Report of the Indian Hemp Drugs Commission, 1894-1895 - Volume IV
Year: 1894
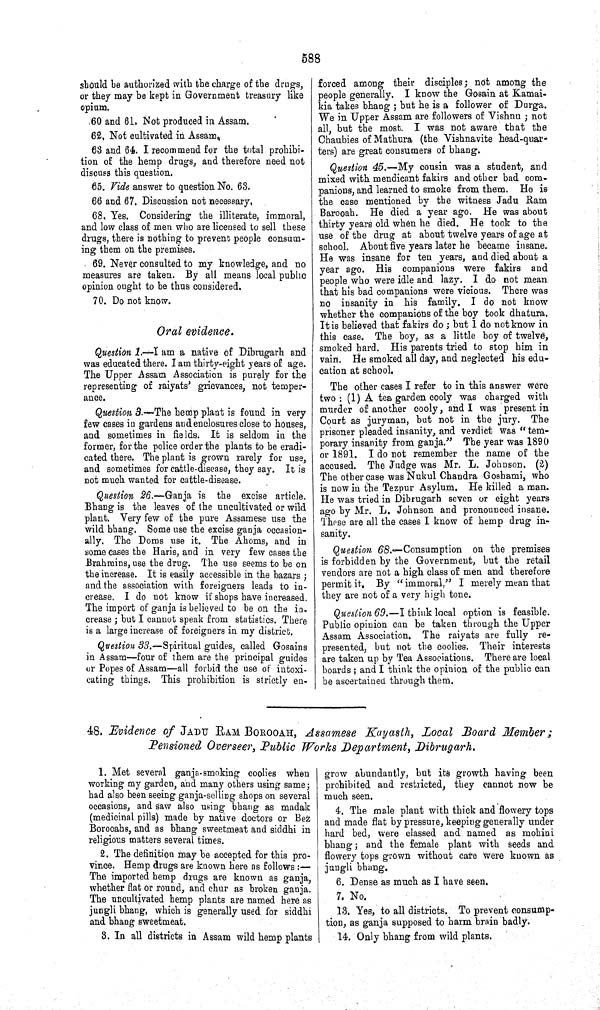
588
should be authorized with the charge of the drugs,
or they may be kept in Government treasury like
opium.
60 and 61. Not produced in Assam.
62. Not cultivated in Assam
63 and 64. I recommend for the total prohibi-
tion of the hemp drugs, and therefore need not
discuss this question.
65. Vide answer to question No. 63.
66 and 67. Discussion not necessary.
68. Yes. Considering the illiterate, immoral,
and low class of men who are licensed to sell these
drugs, there is nothing to prevent people consum-
ing them on the premises.
69. Never consulted to my knowledge, and no
measures are taken. By all means local public
opinion ought to be thus considered.
70. Do not know.
Oral evidence.
Question 1.—I am a native of Dibrugarh and
was educated there. I am thirty-eight years of age.
The Upper Assam Association is purely for the
representing of raiyats' grievances, not temper-
ance.
Question 3.—The hemp plant is found in very
few cases in gardens and enclosures close to houses,
and sometimes in fields. It is seldom in the
former, for the police order the plants to be eradi-
cated there. The plant is grown rarely for use,
and sometimes for cattle-disease, they say. It is
not much wanted for cattle-disease.
Question 26.—Ganja is the excise article.
Bhang is the leaves of the uncultivated or wild
plant. Very few of the pure Assamese use the
wild bhang. Some use the excise ganja occasion-
ally. The Doms use it. The Ahoms, and in
some cases the Haris, and in very few cases the
Brahmins, use the drug. The use seems to be on
the increase. It is easily accessible in the bazars;
and the association with foreigners leads to in-
crease, I do not know if shops have increased.
The import of ganja is believed to be on the in-
crease; but I cannot speak from statistics. There
is a large increase of foreigners in my district.
Question 33.—Spiritual guides, called Gosains
in Assam—four of them are the principal guides
or Popes of Assam—all forbid the use of intoxi-
cating things. This prohibition is strictly en-
forced among their disciples; not among the
people generally. I know the Gosain at Kamai-
kia takes bhang; but he is a follower of Durga.
We in Upper Assam are followers of Vishnu; not
all, but the most. I was not aware that the
Chaubies of Mathura (the Vishnavite head-quar-
ters) are great consumers of bhang.
Question 45.—My cousin was a student, and
mixed with mendicant fakirs and other bad com-
panions, and learned to smoke from them. He is
the case mentioned by the witness Jadu Ram
Barooah. He died a year ago. He was about
thirty years old when he died. He took to the
use of the drug at about twelve years of age at
school. About five years later he became insane.
He was insane for ten years, and died about a
year ago. His companions were fakirs and
people who were idle and lazy. I do not mean
that his bad companions were vicious. There was
no insanity in his family. I do not know
whether the companions of the boy took dhatura.
It is believed that fakirs do; but I do not know in
this case. The boy, as a little boy of twelve,
smoked hard. His parents tried to stop him in
vain. He smoked all day, and neglected his edu-
cation at school.
The other cases I refer to in this answer were
two: (1) A tea garden cooly was charged with
murder of another cooly, and I was present in
Court as juryman, but not in the jury. The
prisoner pleaded insanity, and verdict was "tem-
porary insanity from ganja." The year was 1890
or 1891. I do not remember the name of the
accused. The Judge was Mr. L. Johnson. (2)
The other case was Nukul Chandra Goshami, who
is now in the Tezpur Asylum. He killed a man.
He was tried in Dibrugarh seven or eight years
ago by Mr. L. Johnson and pronounced insane.
These are all the cases I know of hemp drug in-
sanity.
Question 68.—Consumption on the premises
is forbidden by the Government, but the retail
vendors are not a high class of men and therefore
permit it. By "immoral," I merely mean that
they are not of a very high tone.
Question 69.—I think local option is feasible.
Public opinion can be taken through the Upper
Assam Association. The raiyats are fully re-
presented, but not the coolies. Their interests
are taken up by Tea Associations. There are local
boards; and I think the opinion of the public can
be ascertained through them.
48. Evidence of JADU RAM BOROOAH, Assamese Kayasth, Local Board Member;
Pensioned Overseer, Public Works Department, Dibrugarh.
1. Met several ganja-smoking coolies when
working my garden, and many others using same;
had also been seeing ganja-selling shops on several
occasions, and saw also using bhang as madak
(medicinal pills) made by native doctors or Bez
Borooahs, and as bhang sweetmeat and siddhi in
religious matters several times.
2. The definition may be accepted for this pro-
vince. Hemp drugs are known here as follows:—
The imported hemp drugs are known as ganja,
whether flat or round, and chur as broken ganja.
The uncultivated hemp plants are named here as
jungli bhang, which is generally used for siddhi
and bhang sweetmeat.
3. In all districts in Assam wild hemp plants
grow abundantly, but its growth having been
prohibited and restricted, they cannot now be
much seen.
4. The male plant with thick and flowery tops
and made flat by pressure, keeping generally under
hard bed, were classed and named as mohini
bhang; and the female plant with seeds and
flowery tops grown without care were known as
jungli bhang.
6. Dense as much as I have seen.
7. No.
13. Yes, to all districts. To prevent consump-
tion, as ganja supposed to harm brain badly.
14. Only bhang from wild plants.